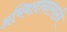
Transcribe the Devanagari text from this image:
अभिवादानासाठी